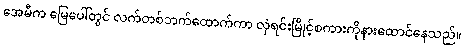
အေမီက မြေပေါ်တွင် လက်တစ်ဘက်ထောက်ကာ လှဲရင်းမြိုင့်စကားကိုနားထောင်နေသည်။